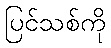
ပြင်သစ်ကို